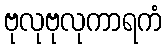
ဗုလုဗုလုကာရကံ